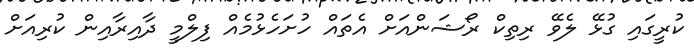
ކުރީގައި ގުޅޭ ލެވޭ ރިތިކް ރޯޝަންއަށް އެތައް ހުށަހެޅުމެއް ފިލްމީ ދާއިރާއިން ކުރިއަށް